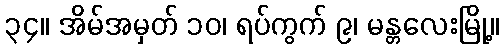
၃၄။ အိမ်အမှတ် ၁၀၊ ရပ်ကွက် ၉၊ မန္တလေးမြို့။